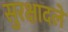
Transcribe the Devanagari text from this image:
सुरक्षादले